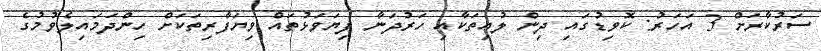
ސަރުކާރަށް 3 އަހަރު: ކޮވިޑުގައި ދިން ލުއިތަކާއި ހަރުދަނާ ފިޔަވަޅުތައް ވިޔަފާރިތަކަށް ހިންދަމައިލެވުމުގެ